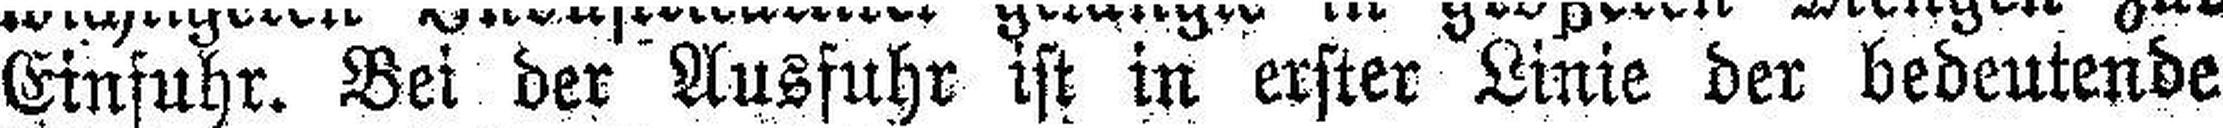
Einfuhr. Bei der Ausfuhr ist in erster Linie der bedeutende